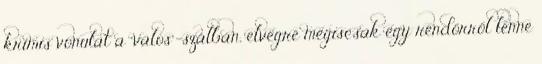
krimis vonulat a “valós”-szálban, elvégre mégiscsak egy rendőrről lenne